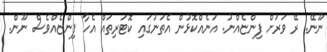
ނޫނޭ. ރޭ ވަރަށް ފިންޏެއްނު. އަނެއްކޮޅުން އެތަނުގައި ކޮޓަރިތައް އެހާ ފިންޏެއްވެސް ނޫން.